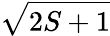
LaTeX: \sqrt{2S+1}